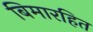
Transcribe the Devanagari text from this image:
बिमारहित